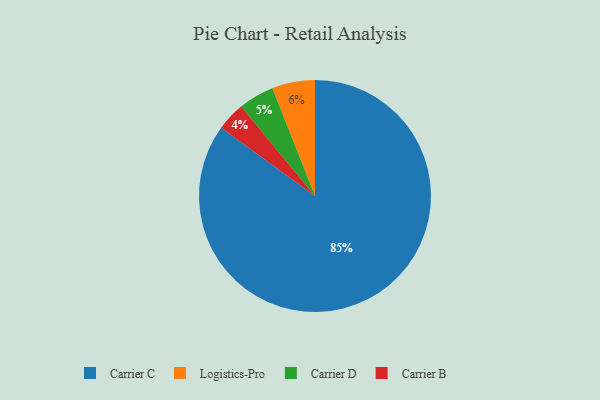
{"axis": {"x": "Category", "y": "Percentage"}, "legend": ["Carrier B", "Carrier C", "Carrier D", "Logistics-Pro"], "data": [{"x": "Carrier D", "y": 5, "type": "Carrier D"}, {"x": "Carrier C", "y": 85, "type": "Carrier C"}, {"x": "Carrier B", "y": 4, "type": "Carrier B"}, {"x": "Logistics-Pro", "y": 6, "type": "Logistics-Pro"}]}